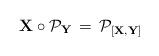
LaTeX: \begin{align*}{\bf X} \circ {\cal P}_{\bf Y} \,= \,{\cal P}_{[{\bf X},{\bf Y}]}\end{align*}